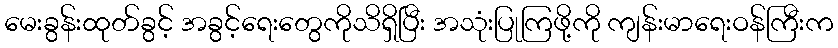
မေးခွန်းထုတ်ခွင့် အခွင့်ရေးတွေကိုသိရှိပြီး အသုံးပြုကြဖို့ကို ကျန်းမာရေးဝန်ကြီးက